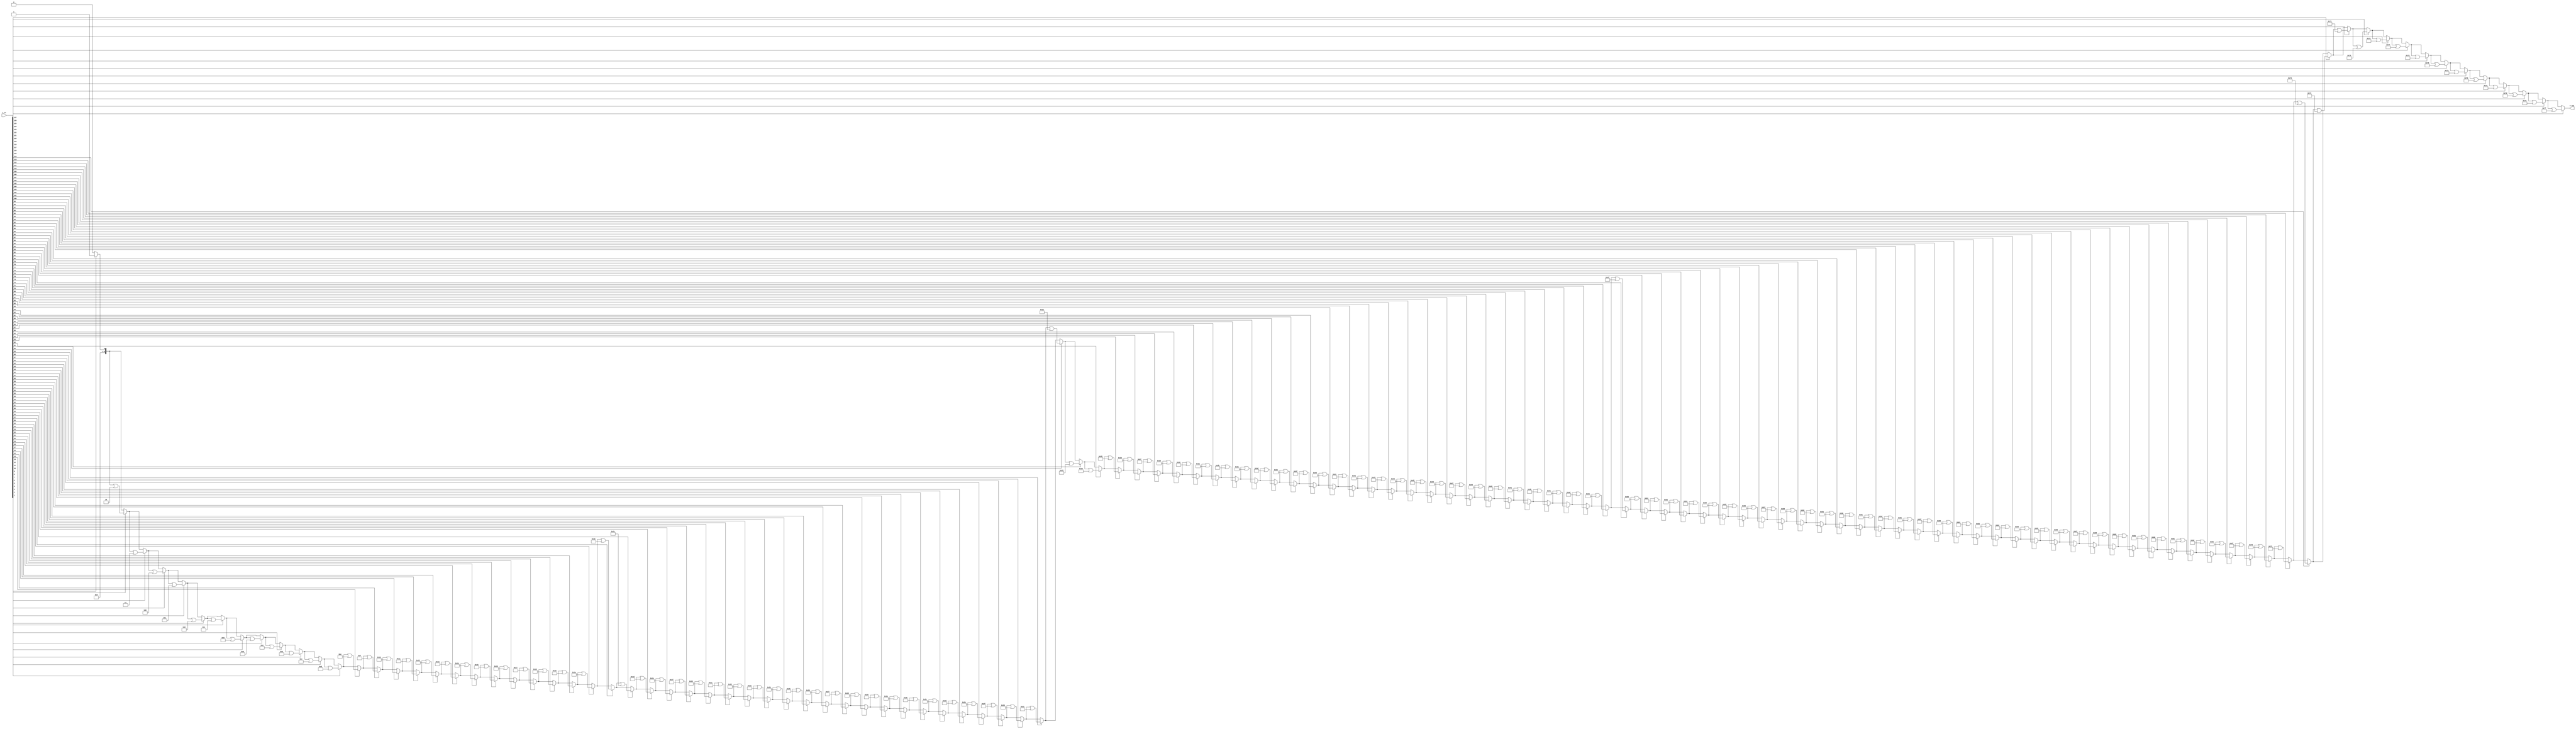
module onehot(i_in, o_out);
	parameter	LG = 7;
	localparam	WID = (1<<LG);
	//
	input	wire	[WID-1:0]	i_in;
	output	reg	[LG-1:0]	o_out;

	//
	integer	N;

	always @(*)
	begin
		o_out = 0;
		for(N=0; N<WID; N=N+1)
		begin
			if (i_in[N])
				o_out = o_out | N[LG-1:0];
		end
	end
endmodule